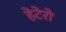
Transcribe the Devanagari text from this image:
हेटेरो